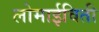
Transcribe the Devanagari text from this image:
लोमाईविती